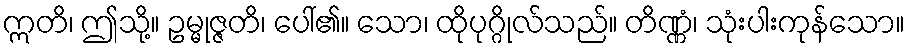
ဣတိ၊ ဤသို့။ ဥမ္မုဇ္ဇတိ၊ ပေါ်၏။ သော၊ ထိုပုဂ္ဂိုလ်သည်။ တိဏ္ဏံ၊ သုံးပါးကုန်သော။